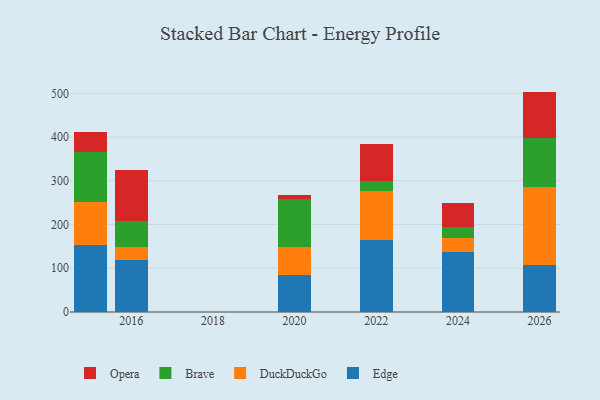
{"axis": {"x": "Year", "y": "Inventory Turnover"}, "legend": ["Brave", "DuckDuckGo", "Edge", "Opera"], "data": [{"x": "2015", "y": 152.3, "type": "Edge"}, {"x": "2015", "y": 99.9, "type": "DuckDuckGo"}, {"x": "2015", "y": 114.3, "type": "Brave"}, {"x": "2015", "y": 46.1, "type": "Opera"}, {"x": "2020", "y": 84.4, "type": "Edge"}, {"x": "2020", "y": 64.3, "type": "DuckDuckGo"}, {"x": "2020", "y": 109.7, "type": "Brave"}, {"x": "2020", "y": 9.4, "type": "Opera"}, {"x": "2016", "y": 119.5, "type": "Edge"}, {"x": "2016", "y": 29.8, "type": "DuckDuckGo"}, {"x": "2016", "y": 58.9, "type": "Brave"}, {"x": "2016", "y": 115.6, "type": "Opera"}, {"x": "2026", "y": 106.8, "type": "Edge"}, {"x": "2026", "y": 179.8, "type": "DuckDuckGo"}, {"x": "2026", "y": 112.1, "type": "Brave"}, {"x": "2026", "y": 105.2, "type": "Opera"}, {"x": "2022", "y": 163.9, "type": "Edge"}, {"x": "2022", "y": 113.1, "type": "DuckDuckGo"}, {"x": "2022", "y": 21.8, "type": "Brave"}, {"x": "2022", "y": 86.4, "type": "Opera"}, {"x": "2024", "y": 136.1, "type": "Edge"}, {"x": "2024", "y": 32.5, "type": "DuckDuckGo"}, {"x": "2024", "y": 26.1, "type": "Brave"}, {"x": "2024", "y": 53.9, "type": "Opera"}]}